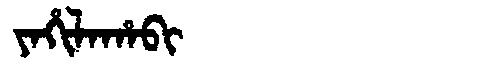
Manchu: ᠶᠠᡥᡳᠯᠠᡥᠠᠪᡳ
Romanization: YAHILAHABI